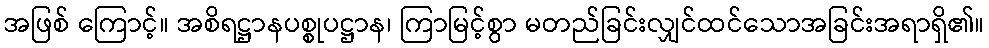
အဖြစ် ကြောင့်။ အစိရဋ္ဌာနပစ္စုပဋ္ဌာန၊ ကြာမြင့်စွာ မတည်ခြင်းလျှင်ထင်သောအခြင်းအရာရှိ၏။